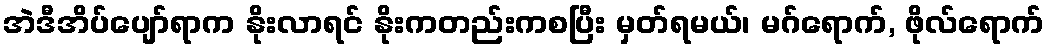
အဲဒီအိပ်ပျော်ရာက နိုးလာရင် နိုးကတည်းကစပြီး မှတ်ရမယ်၊ မဂ်ရောက်, ဖိုလ်ရောက်